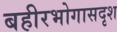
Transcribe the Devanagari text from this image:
बहीरभोगासदृश